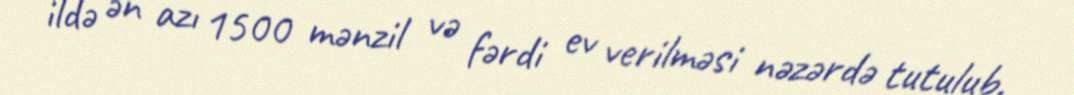
ildə ən azı 1500 mənzil və fərdi ev verilməsi nəzərdə tutulub.